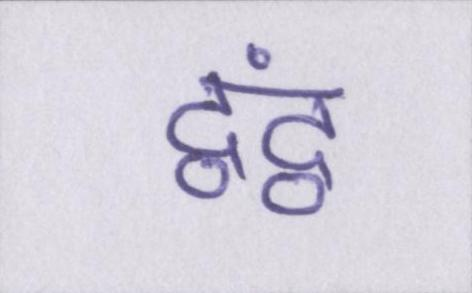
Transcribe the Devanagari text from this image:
द्वंद्व